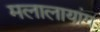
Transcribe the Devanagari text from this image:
मलालायांग